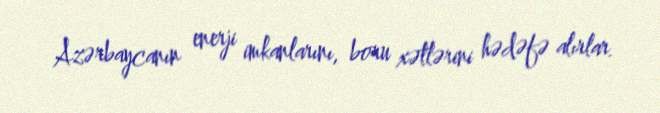
Azərbaycanın enerji imkanlarını, boru xətlərini hədəfə alırlar.